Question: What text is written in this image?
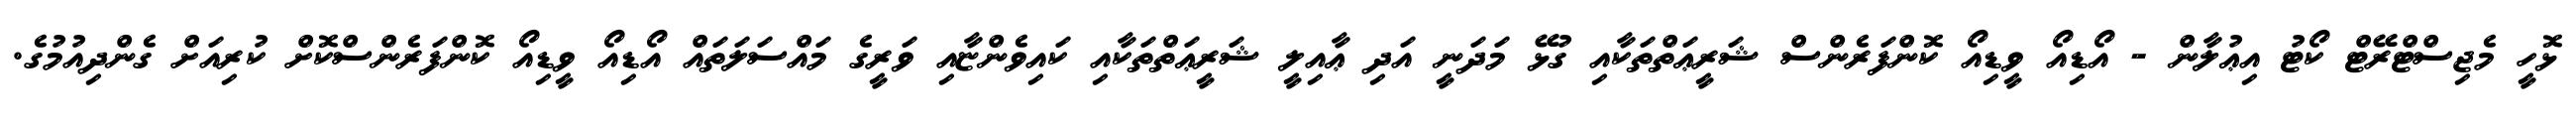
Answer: ޅޮހީ މެޖިސްޓްރޭޓް ކޯޓު އިޢުލާން - އޯޑިއޯ ވީޑިއޯ ކޮންފަރެންސް ޝަރީޢަތްތަކާއި ގުޅޭ މަދަނީ އަދި ޢާއިލީ ޝަރީޢަތްތަކާއި ކައިވެންޏާއި ވަރީގެ މައްސަލަތައް އޯޑިއޯ ވީޑިއޯ ކޮންފަރެންސްކޮށް ކުރިއަށް ގެންދިއުމުގެ.